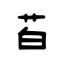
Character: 苩